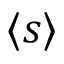
\langle s \rangle